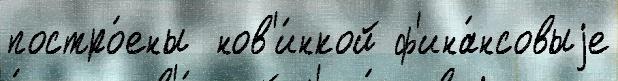
постро́ены  нов'и́нкой ф'ина́нсовыjе